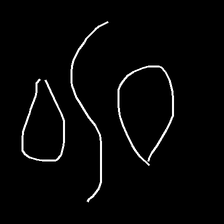
Glyph: water